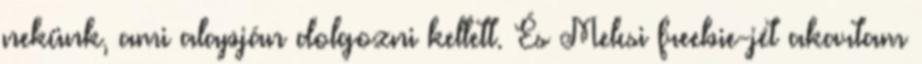
nekünk, ami alapján dolgozni kellett. És Melcsi freebie-jét akartam